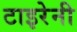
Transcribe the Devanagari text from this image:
टाइरेनी